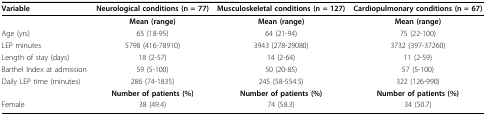
<table><thead><tr><td><b>Variable</b></td><td><b>Neurological conditions (n = 77)</b></td><td><b>Musculoskeletal conditions (n = 127)</b></td><td><b>Cardiopulmonary conditions (n = 67)</b></td></tr></thead><tbody><tr><td></td><td><b>Mean (range)</b></td><td><b>Mean (range)</b></td><td><b>Mean (range)</b></td></tr><tr><td>Age (yrs)</td><td>65 (18-95)</td><td>64 (21-94)</td><td>75 (22-100)</td></tr><tr><td>LEP minutes</td><td>5798 (416-78910)</td><td>3943 (278-29080)</td><td>3732 (397-37260)</td></tr><tr><td>Length of stay (days)</td><td>18 (2-57)</td><td>14 (2-64)</td><td>11 (2-59)</td></tr><tr><td>Barthel Index at admission</td><td>59 (5-100)</td><td>50 (20-85)</td><td>57 (5-100)</td></tr><tr><td>Daily LEP time (minutes)</td><td>286 (74-1835)</td><td>245 (58-554.5)</td><td>322 (126-990)</td></tr><tr><td></td><td><b>Number of patients (%)</b></td><td><b>Number of patients (%)</b></td><td><b>Number of patients (%)</b></td></tr><tr><td>Female</td><td>38 (49.4)</td><td>74 (58.3)</td><td>34 (50.7)</td></tr></tbody></table>